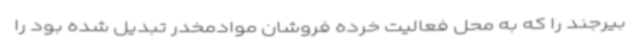
بیرجند را که به محل فعالیت خرده فروشان موادمخدر تبدیل شده بود را